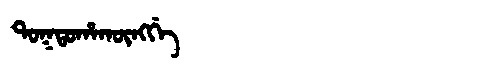
Manchu: ᡨᠣᡴᡨᠣᡥᠠᡴᡡᠩᡤᡝ
Romanization: TOKTOHAKŪNGGE